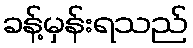
ခန့်မှန်းရသည်